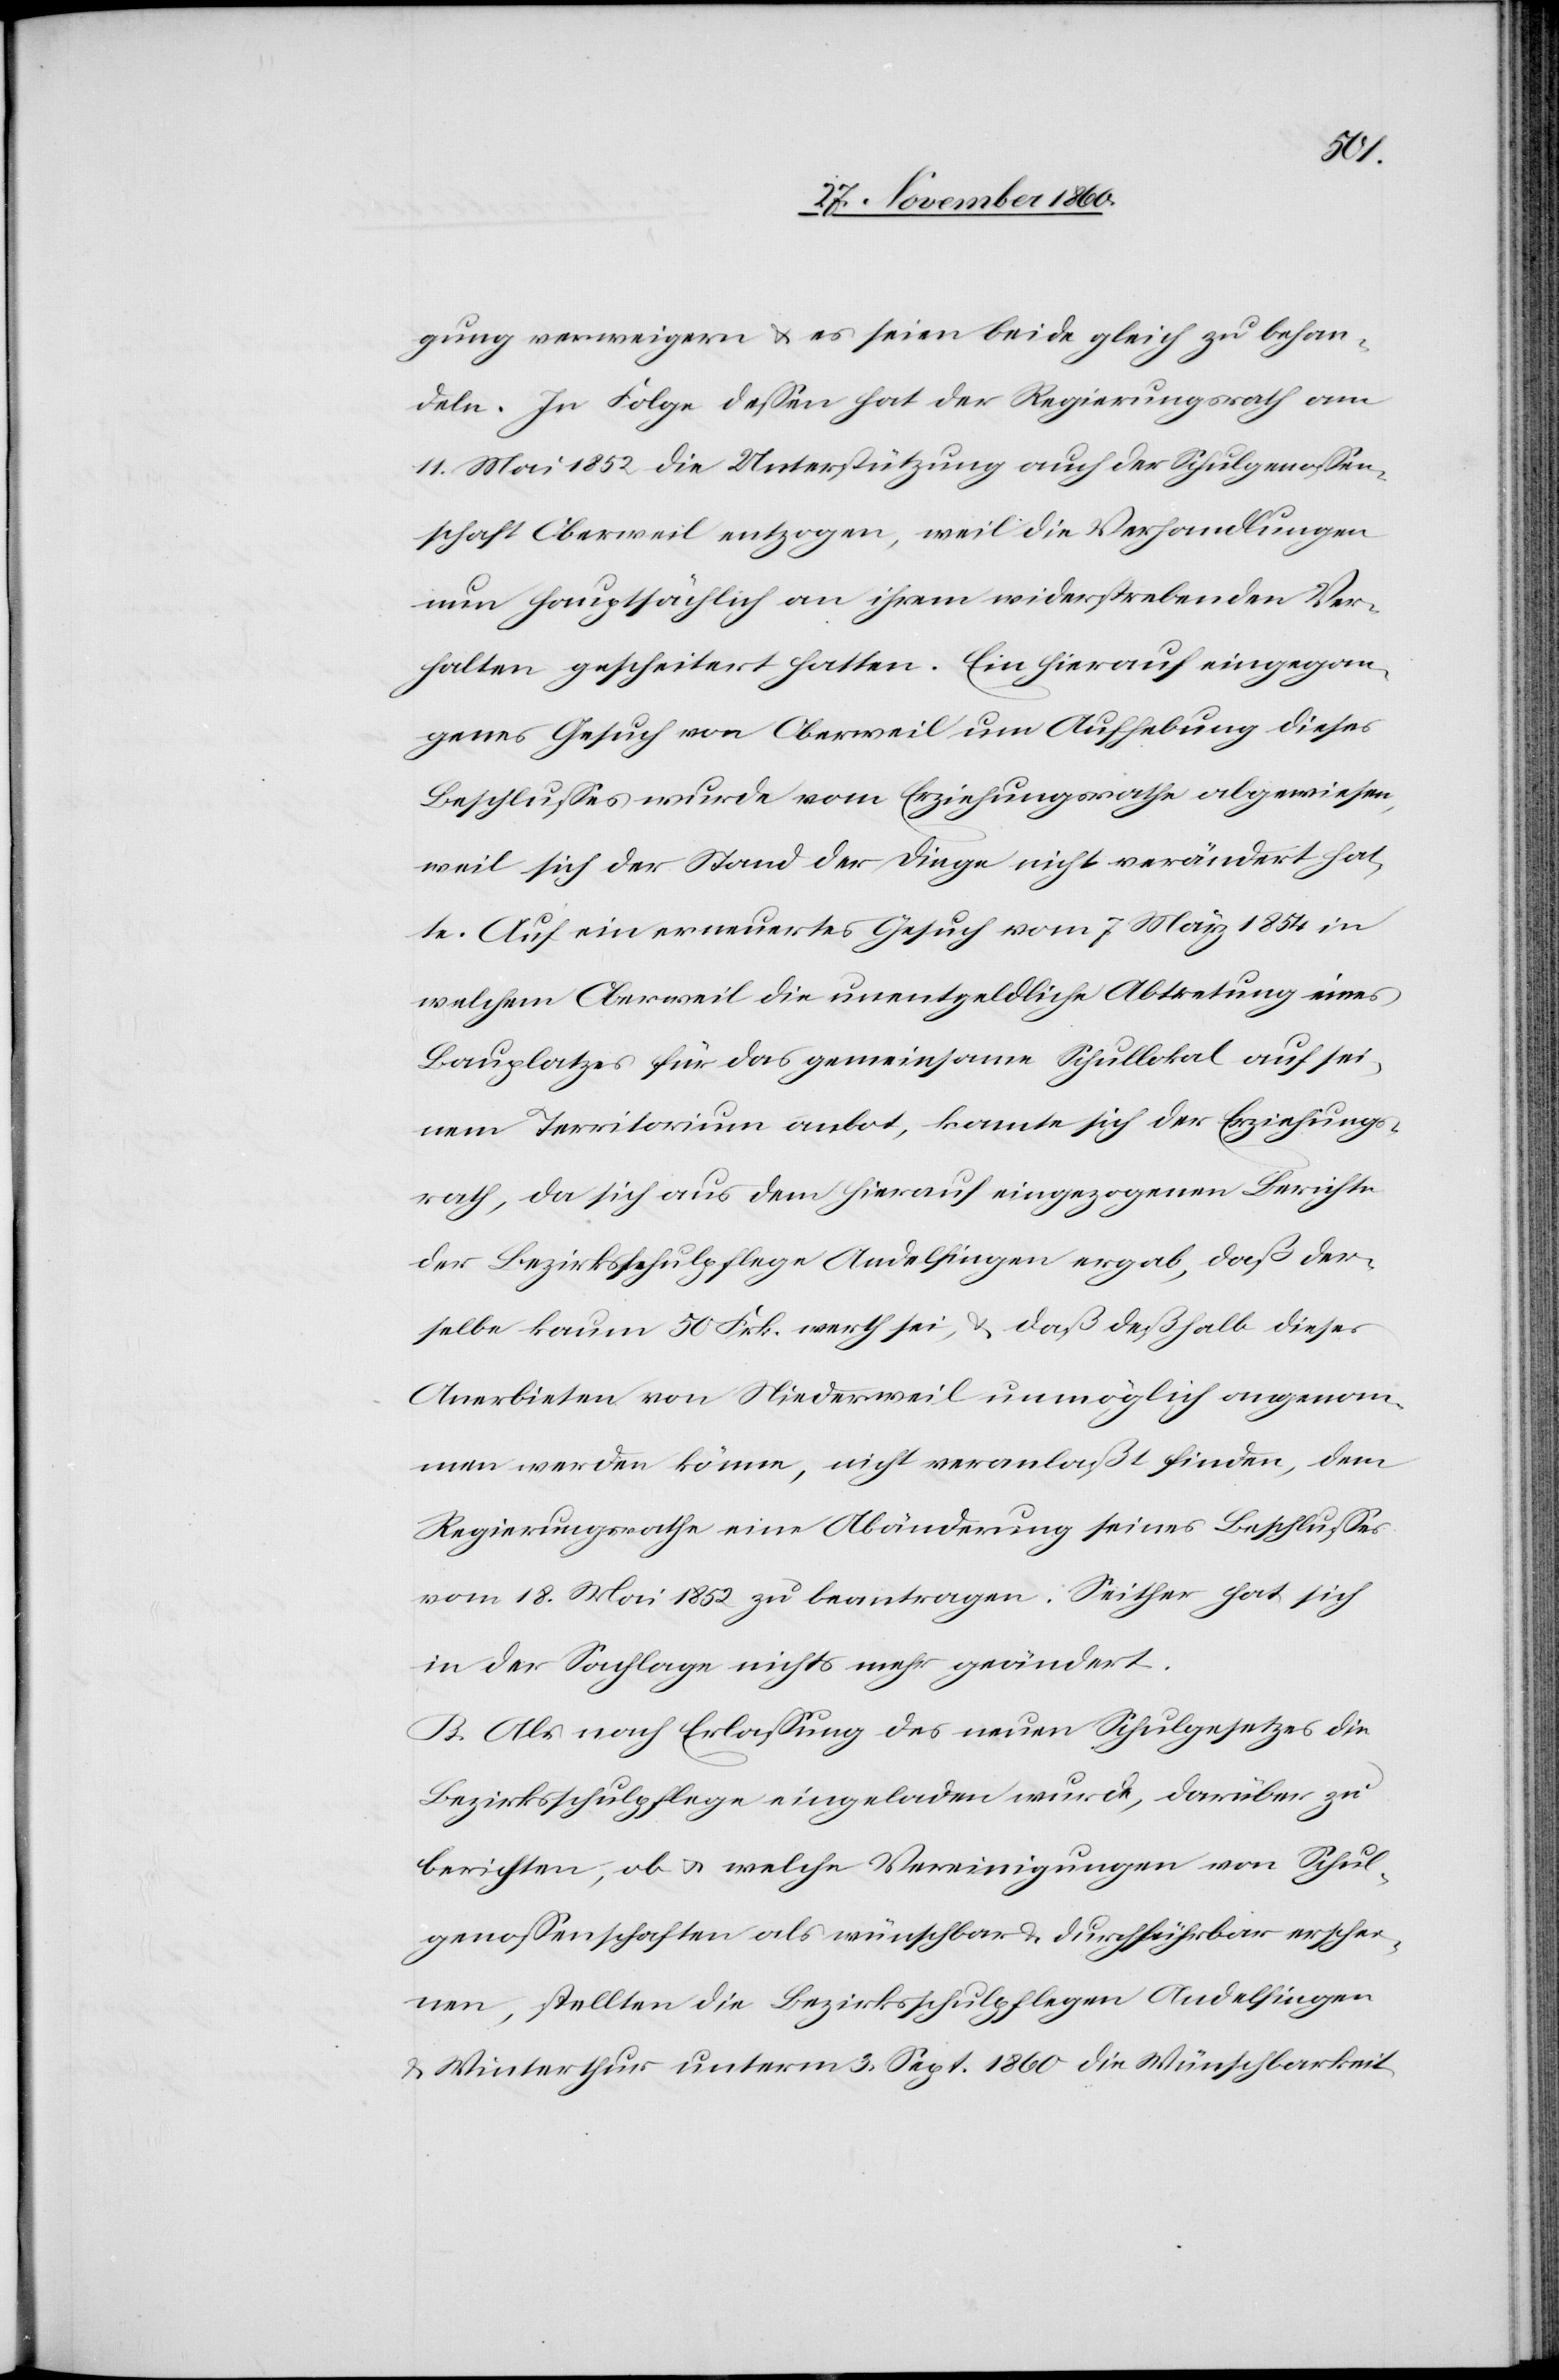
gung verweigern u. es seien beide gleich zu behan¬
deln. In Folge dessen hat der Regierungsrath am
11. Mai 1852 die Unterstützung auch der Schulgenossen¬
schaft Oberweil entzogen, weil die Verhandlungen
nun hauptsächlich an ihrem widerstrebenden Ver¬
halten gescheitert hatten. Ein hierauf eingegan¬
genes Gesuch von Oberweil um Aufhebung dieses
Beschlusses wurde vom Erziehungsrathe abgewiesen,
weil sich der Stand der Dinge nicht verändert hat¬
te. Auf ein erneuertes Gesuch vom 7. März 1854 in
welchem Oberweil die unentgeldliche Abtretung eines
Bauplatzes für das gemeinsame Schullokal auf sei¬
nem Territorium anbot, konnte sich der Erziehungs¬
rath, da sich aus dem hieraus eingezogenen Berichte
der Bezirksschulpflege Andelfingen ergab, daß der¬
selbe kaum 50 Frk. werth sei, u. daß deßhalb dieses
Anerbieten von Niederweil unmöglich angenom¬
men werden könne, nicht veranlaßt finden, dem
Regierungsrathe eine Abänderung seines Beschlusses
vom 18. Mai 1852 zu beantragen. Seither hat sich
in der Sachlage nichts mehr geändert.
B. Als nach Erlassung des neuen Schulgesetzes die
Bezirksschulpflege eingeladen wurde, darüber zu
berichten, ob u. welche Vereinigungen von Schul¬
genossenschaften als wünschbar u. durchführbar erschei¬
nen, stellten die Bezirksschulpflegen Andelfingen
u. Winterthur unterm 3. Sept. 1860 die Wünschbarkeit